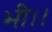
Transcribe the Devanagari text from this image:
भी।।